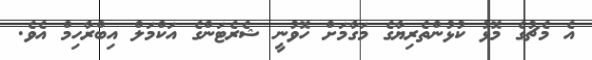
އެ މެޗުގެ މޮޅު ކުޅުންތެރިޔާގެ މަގާމަށް ހޮވުނީ ޝެރެޓަންގެ އަކްމަލް އިބްރާހިމް އެވެ.